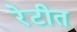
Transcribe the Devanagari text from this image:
रेटीत